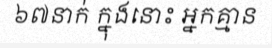
៦៧នាក់ ក្នុងនោះ អ្នកគ្មាន